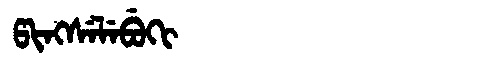
Manchu: ᡦᡳᠩᠰᡝᠯᡝᠪᡠᡴᡳ
Romanization: PINGSELEBUKI